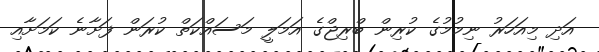
އަދި މިއަހަރު ނިމުމުގެ ކުރިން ބްރިޖްގެ އަމަލީ މަސައްކަތް ކުރަން ފަށާނެ ކަމަށާއި